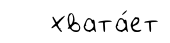
хвата́ет